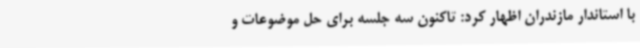
با استاندار مازندران اظهار کرد: تاکنون سه جلسه برای حل موضوعات و